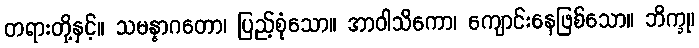
တရားတို့နှင့်။ သမန္နာဂတော၊ ပြည့်စုံသော။ အာဝါသိကော၊ ကျောင်းနေဖြစ်သော။ ဘိက္ခု၊